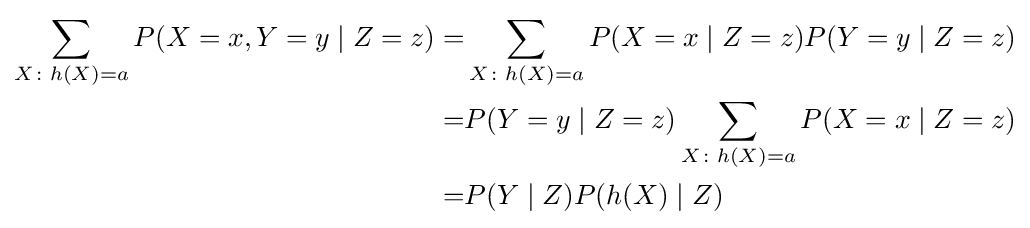
{\begin{aligned}\sum _{X\colon h(X)=a}P(X=x,Y=y\mid Z=z)=&\sum _{X\colon h(X)=a}P(X=x\mid Z=z)P(Y=y\mid Z=z)\\=&P(Y=y\mid Z=z)\sum _{X\colon h(X)=a}P(X=x\mid Z=z)\\=&P(Y\mid Z)P(h(X)\mid Z)\end{aligned}}